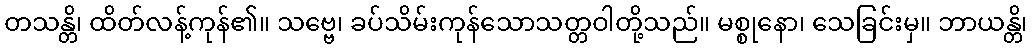
တသန္တိ၊ ထိတ်လန့်ကုန်၏။ သဗ္ဗေ၊ ခပ်သိမ်းကုန်သောသတ္တဝါတို့သည်။ မစ္စုနော၊ သေခြင်းမှ။ ဘာယန္တိ၊